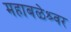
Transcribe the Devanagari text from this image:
महाबळेश्र्वर